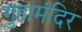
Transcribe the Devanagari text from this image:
गुहामंदिर